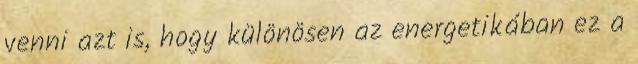
venni azt is, hogy különösen az energetikában ez a